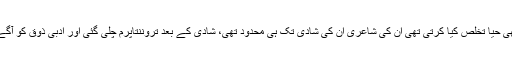
عائشہ شاعرہ تھی حیاؔ تخلص کیا کرتی تھی ان کی شاعری ان کی شادی تک ہی محدود تھی، شادی کے بعد تروننتاپرم چلی گئی اور ادبی ذوق کو آگے نہ بڑھا سکی۔